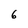
Character: 6